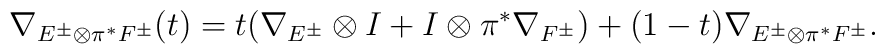
\nabla_{E^{\pm}\otimes \pi^*F^{\pm}}(t) = t(\nabla_{E^{\pm}}\otimes I + I\otimes \pi^*\nabla_{F^{\pm}}) + (1-t)\nabla_{E^{\pm}\otimes \pi^*F^{\pm}}.